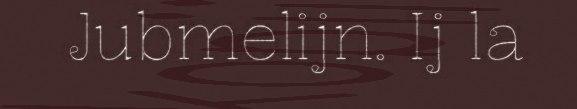
Jubmelijn. Ij la